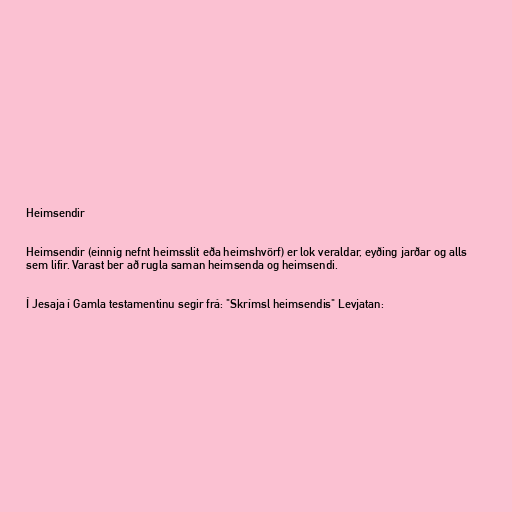
Heimsendir

Heimsendir (einnig nefnt heimsslit eða heimshvörf) er lok veraldar, eyðing jarðar og alls
sem lifir. Varast ber að rugla saman heimsenda og heimsendi.

Í Jesaja í Gamla testamentinu segir frá: "Skrímsl heimsendis" Levjatan: